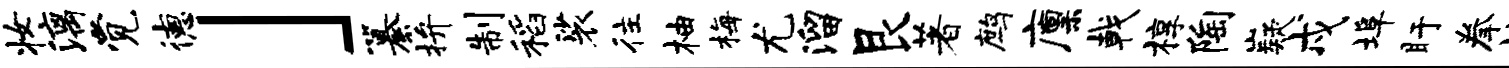
妆漓觉德」纂拚制稻裟往柚梅尤溜艮著鹧廪戟椁陶嶷戍埠盱拳培染